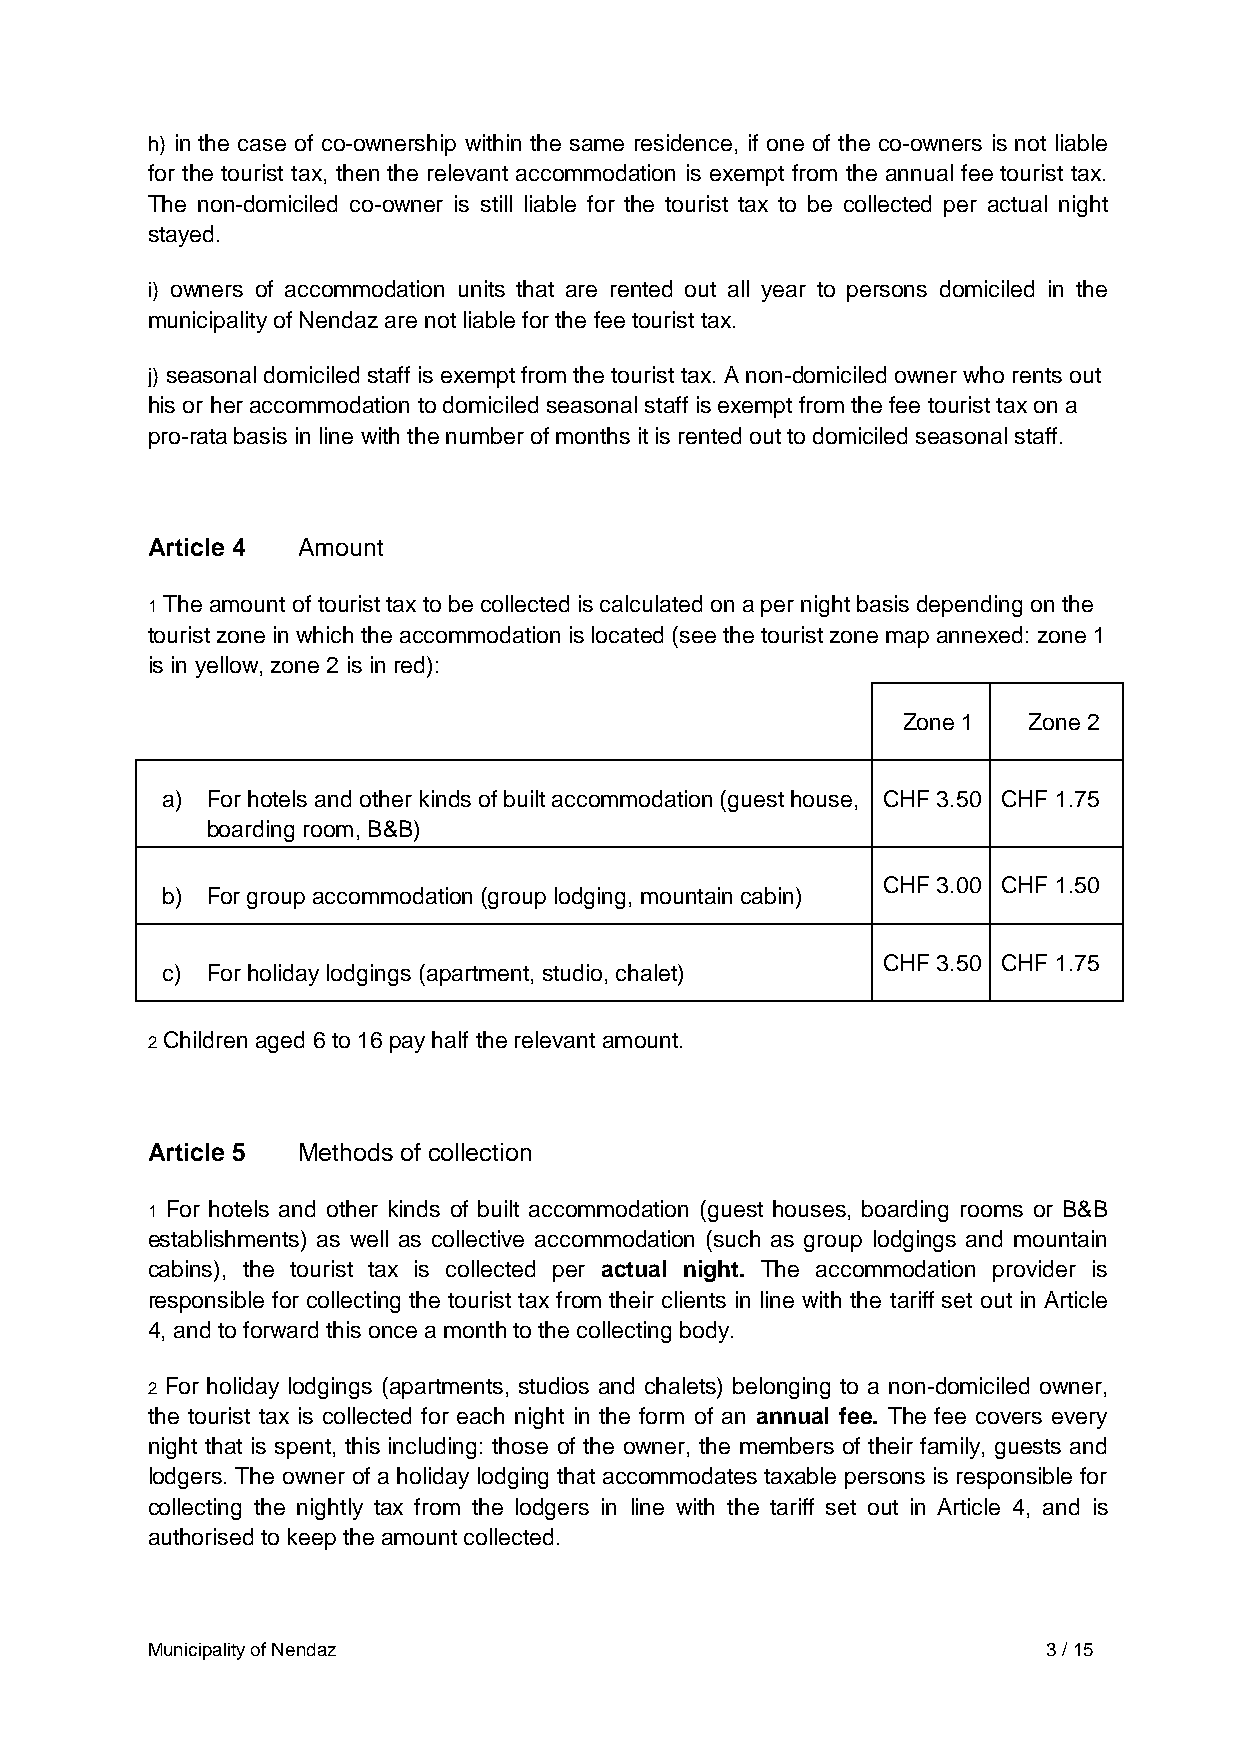
h) in the case of co-ownership within the same residence, if one of the co-owners is not liable
 for the tourist tax, then the relevant accommodation is exempt from the annual fee tourist tax.
 The non-domiciled co-owner is still liable for the tourist tax to be collected per actual night
 stayed.
 i) owners of accommodation units that are rented out all year to persons domiciled in the
 municipality of Nendaz are not liable for the fee tourist tax.
 j) seasonal domiciled staff is exempt from the tourist tax. A non-domiciled owner who rents out
 his or her accommodation to domiciled seasonal staff is exempt from the fee tourist tax on a
 pro-rata basis in line with the number of months it is rented out to domiciled seasonal staff.
 Article 4 Amount
 1 The amount of tourist tax to be collected is calculated on a per night basis depending on the
 tourist zone in which the accommodation is located (see the tourist zone map annexed: zone 1
 is in yellow, zone 2 is in red):
 Zone 1  Zone 2
 a) For hotels and other kinds of built accommodation (guest house, CHF 3.50 CHF 1.75
 boarding room, B&B)
 CHF 3.00 CHF 1.50
 b) For group accommodation (group lodging, mountain cabin)
 CHF 3.50 CHF 1.75
 c) For holiday lodgings (apartment, studio, chalet)
 2 Children aged 6 to 16 pay half the relevant amount.
 Article 5 Methods of collection
 1 For hotels and other kinds of built accommodation (guest houses, boarding rooms or B&B
 establishments) as well as collective accommodation (such as group lodgings and mountain
 cabins), the tourist tax is collected per actual night. The accommodation provider is
 responsible for collecting the tourist tax from their clients in line with the tariff set out in Article
 4, and to forward this once a month to the collecting body.
 2 For holiday lodgings (apartments, studios and chalets) belonging to a non-domiciled owner,
 the tourist tax is collected for each night in the form of an annual fee. The fee covers every
 night that is spent, this including: those of the owner, the members of their family, guests and
 lodgers. The owner of a holiday lodging that accommodates taxable persons is responsible for
 collecting the nightly tax from the lodgers in line with the tariff set out in Article 4, and is
 authorised to keep the amount collected.
 Municipality of Nendaz                                     3 / 15